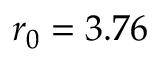
r _ { 0 } = 3 . 7 6